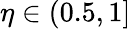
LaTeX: \eta\in(0.5,1]